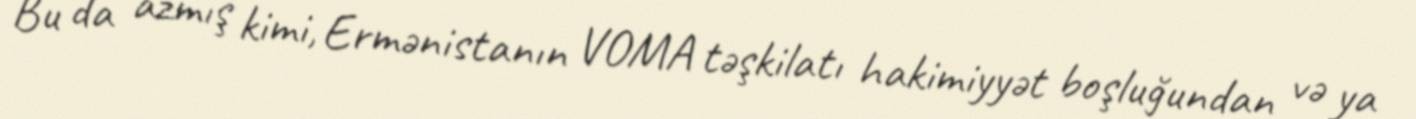
Bu da azmış kimi, Ermənistanın VOMA təşkilatı hakimiyyət boşluğundan və ya